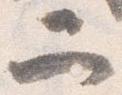
二